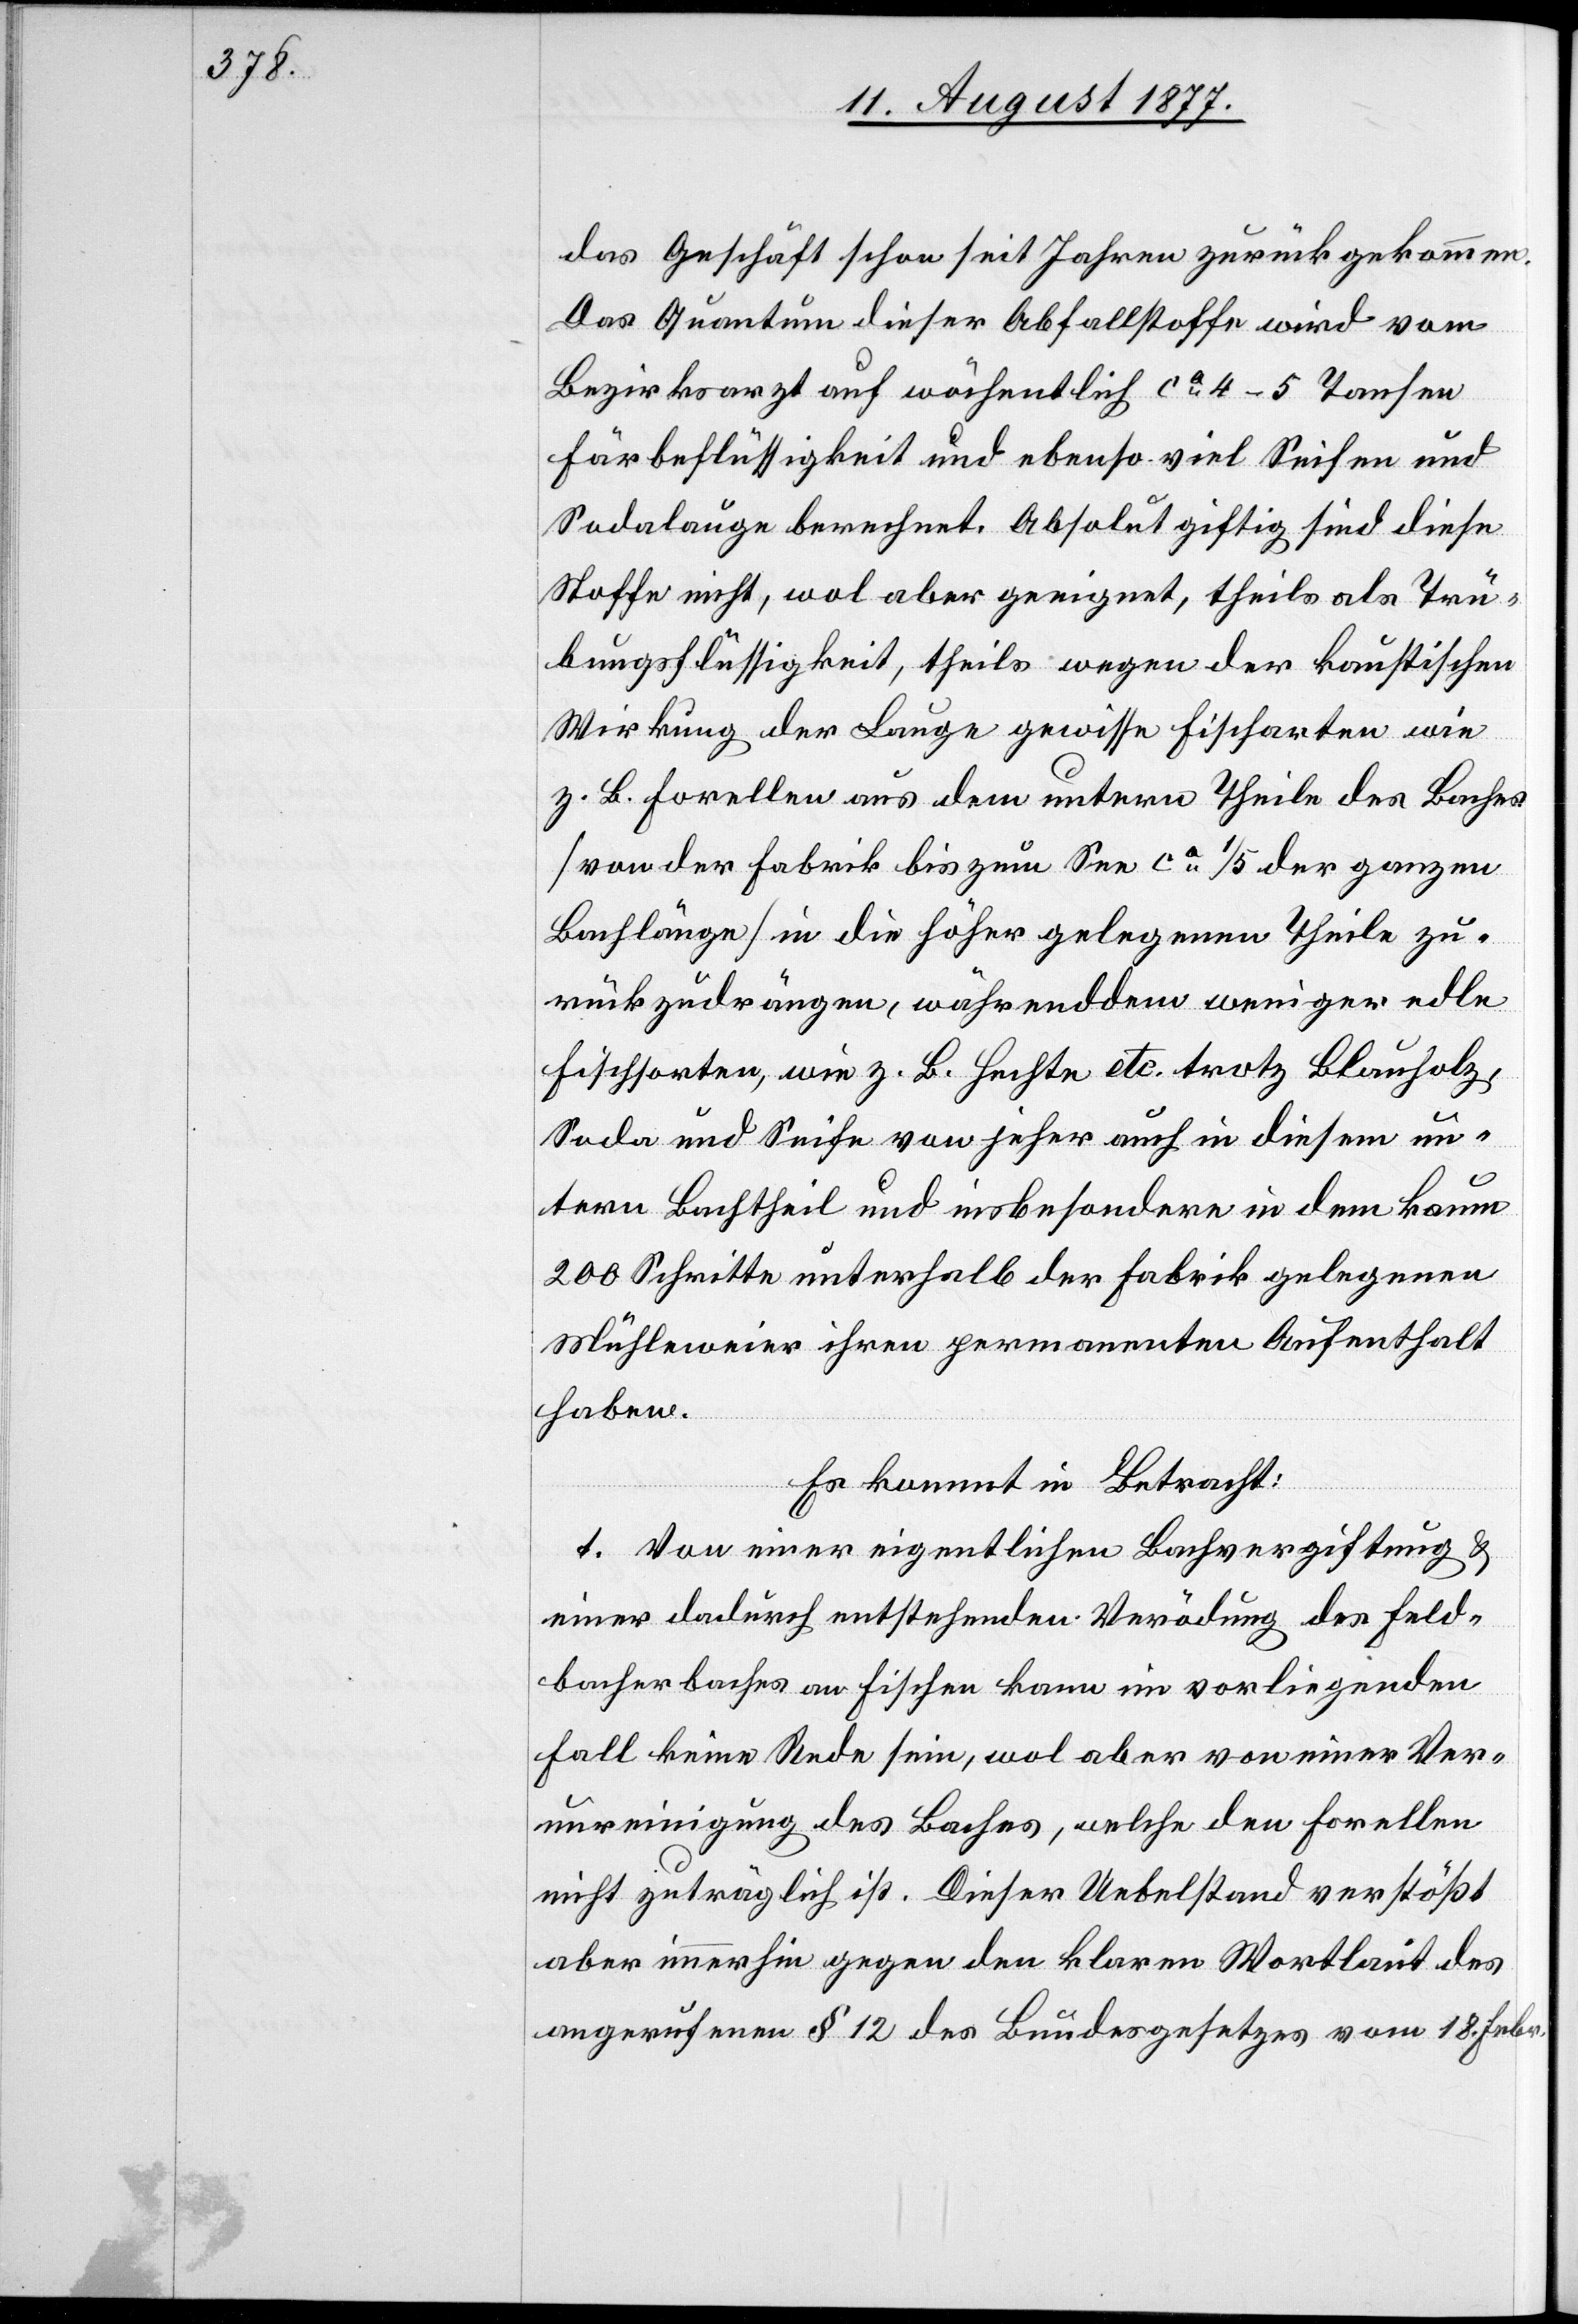
das Geschäft schon seit Jahren zurück gekommen.
Das Quantum dieser Abfallstoffe wird vom
Bezirksarzt auf wöchentlich ca 4–5 Tansen
Färbeflüssigkeit und ebenso viel Seifen[-] und
Sodalauge berechnet. Absolut giftig sind diese
Stoffe nicht, wol aber geeignet, theils als Trü¬
bungsflüssigkeit, theils wegen der kaustischen
Wirkung der Lauge gewisse Fischarten wie
z. B. Forellen aus dem untern Theile des Baches
[von der Fabrik bis zum See ca 1/5 der ganzen
Bachlänge] in die höher gelegenen Theile zu¬
rückzudrängen, währenddem weniger edle
Fischsorten, wie z. B. Hechte etc. trotz Blauholz,
Soda und Seife von jeher auch in diesem un¬
tern Bachtheil und insbesondere in dem kaum
200 Schritte unterhalb der Fabrik gelegenen
Mühleweier ihren permanenten Aufenthalt
haben.
Es kommt in Betracht:
1. Von einer eigentlichen Bachvergiftung &
einer dadurch entstehenden Verödung des Feld¬
bacherbaches an Fischen kann im vorliegenden
Fall keine Rede sein, wol aber von einer Ver¬
unreinigung des Baches, welche den Forellen
nicht zuträglich ist. Dieser Uebelstand verstößt
aber immerhin gegen den klaren Wortlaut des
angerufenen § 12 des Bundesgesetzes vom 18. Febr.